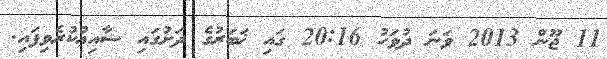
11 ޖޫން 2013 ވަނަ ދުވަހު 20:16 ގައި ޚަބަރުގެ ދަށުގައި ޝާއިޢުކުރެވިފައި.